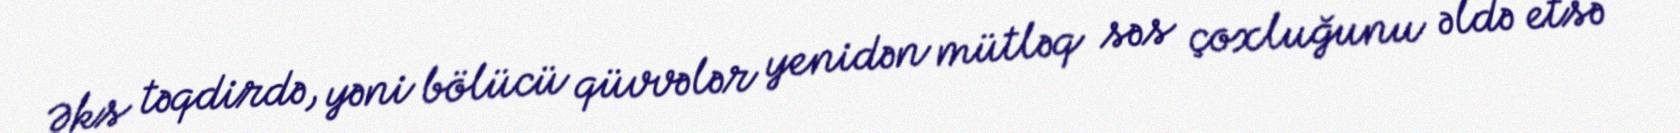
Əks təqdirdə, yəni bölücü qüvvələr yenidən mütləq səs çoxluğunu əldə etsə